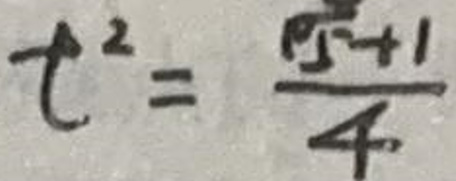
$t^{2}=\frac{\sqrt{5}+1}{4}$